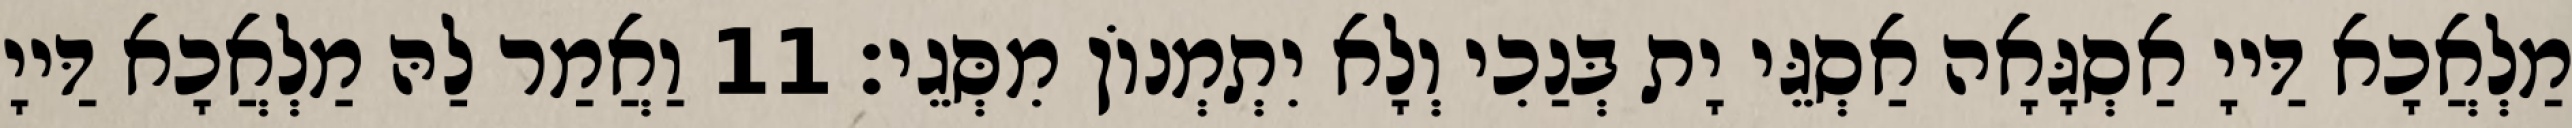
מַלְאֲכָא דַּייָ אַסְגָּאָה אַסְגֵּי יָת בְּנַכִי וְלָא יִתְמְנוֹן מִסְּגֵי׃ 11 וַאֲמַר לַהּ מַלְאֲכָא דַּייָ